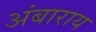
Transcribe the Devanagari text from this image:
अंबाराय